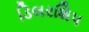
ડિલરશિપ